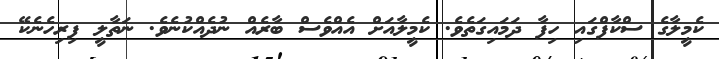
ކެމީލާގެ ސްކާފްގައި ހިފާ ދަމައިގަތެވެ. ކެމީލާއަށް އެއްވެސް ބާރެއް ނުދެއްކުނެވެ. ނަތާލީ ފިރިހެނެކޭ